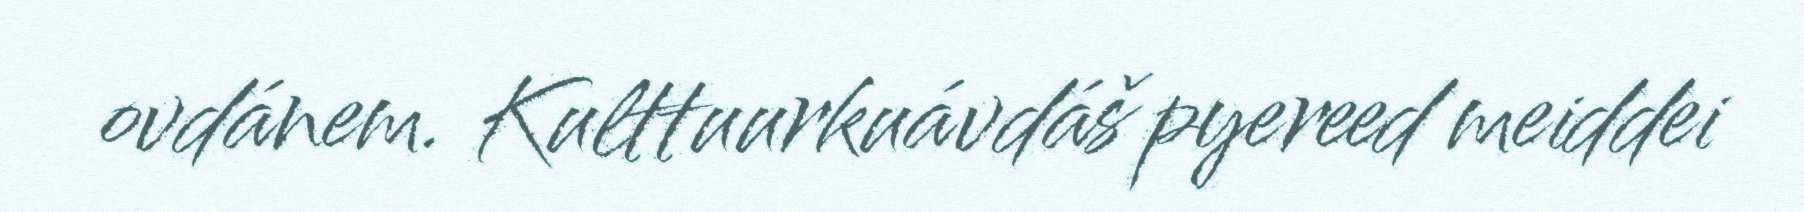
ovdánem. Kulttuurkuávdáš pyereed meiddei